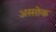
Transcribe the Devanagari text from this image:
अस्सोक